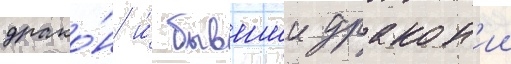
драко́н и́ бывшии дракон'ии